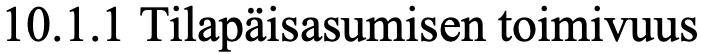
10.1.1 Tilapäisasumisen toimivuus